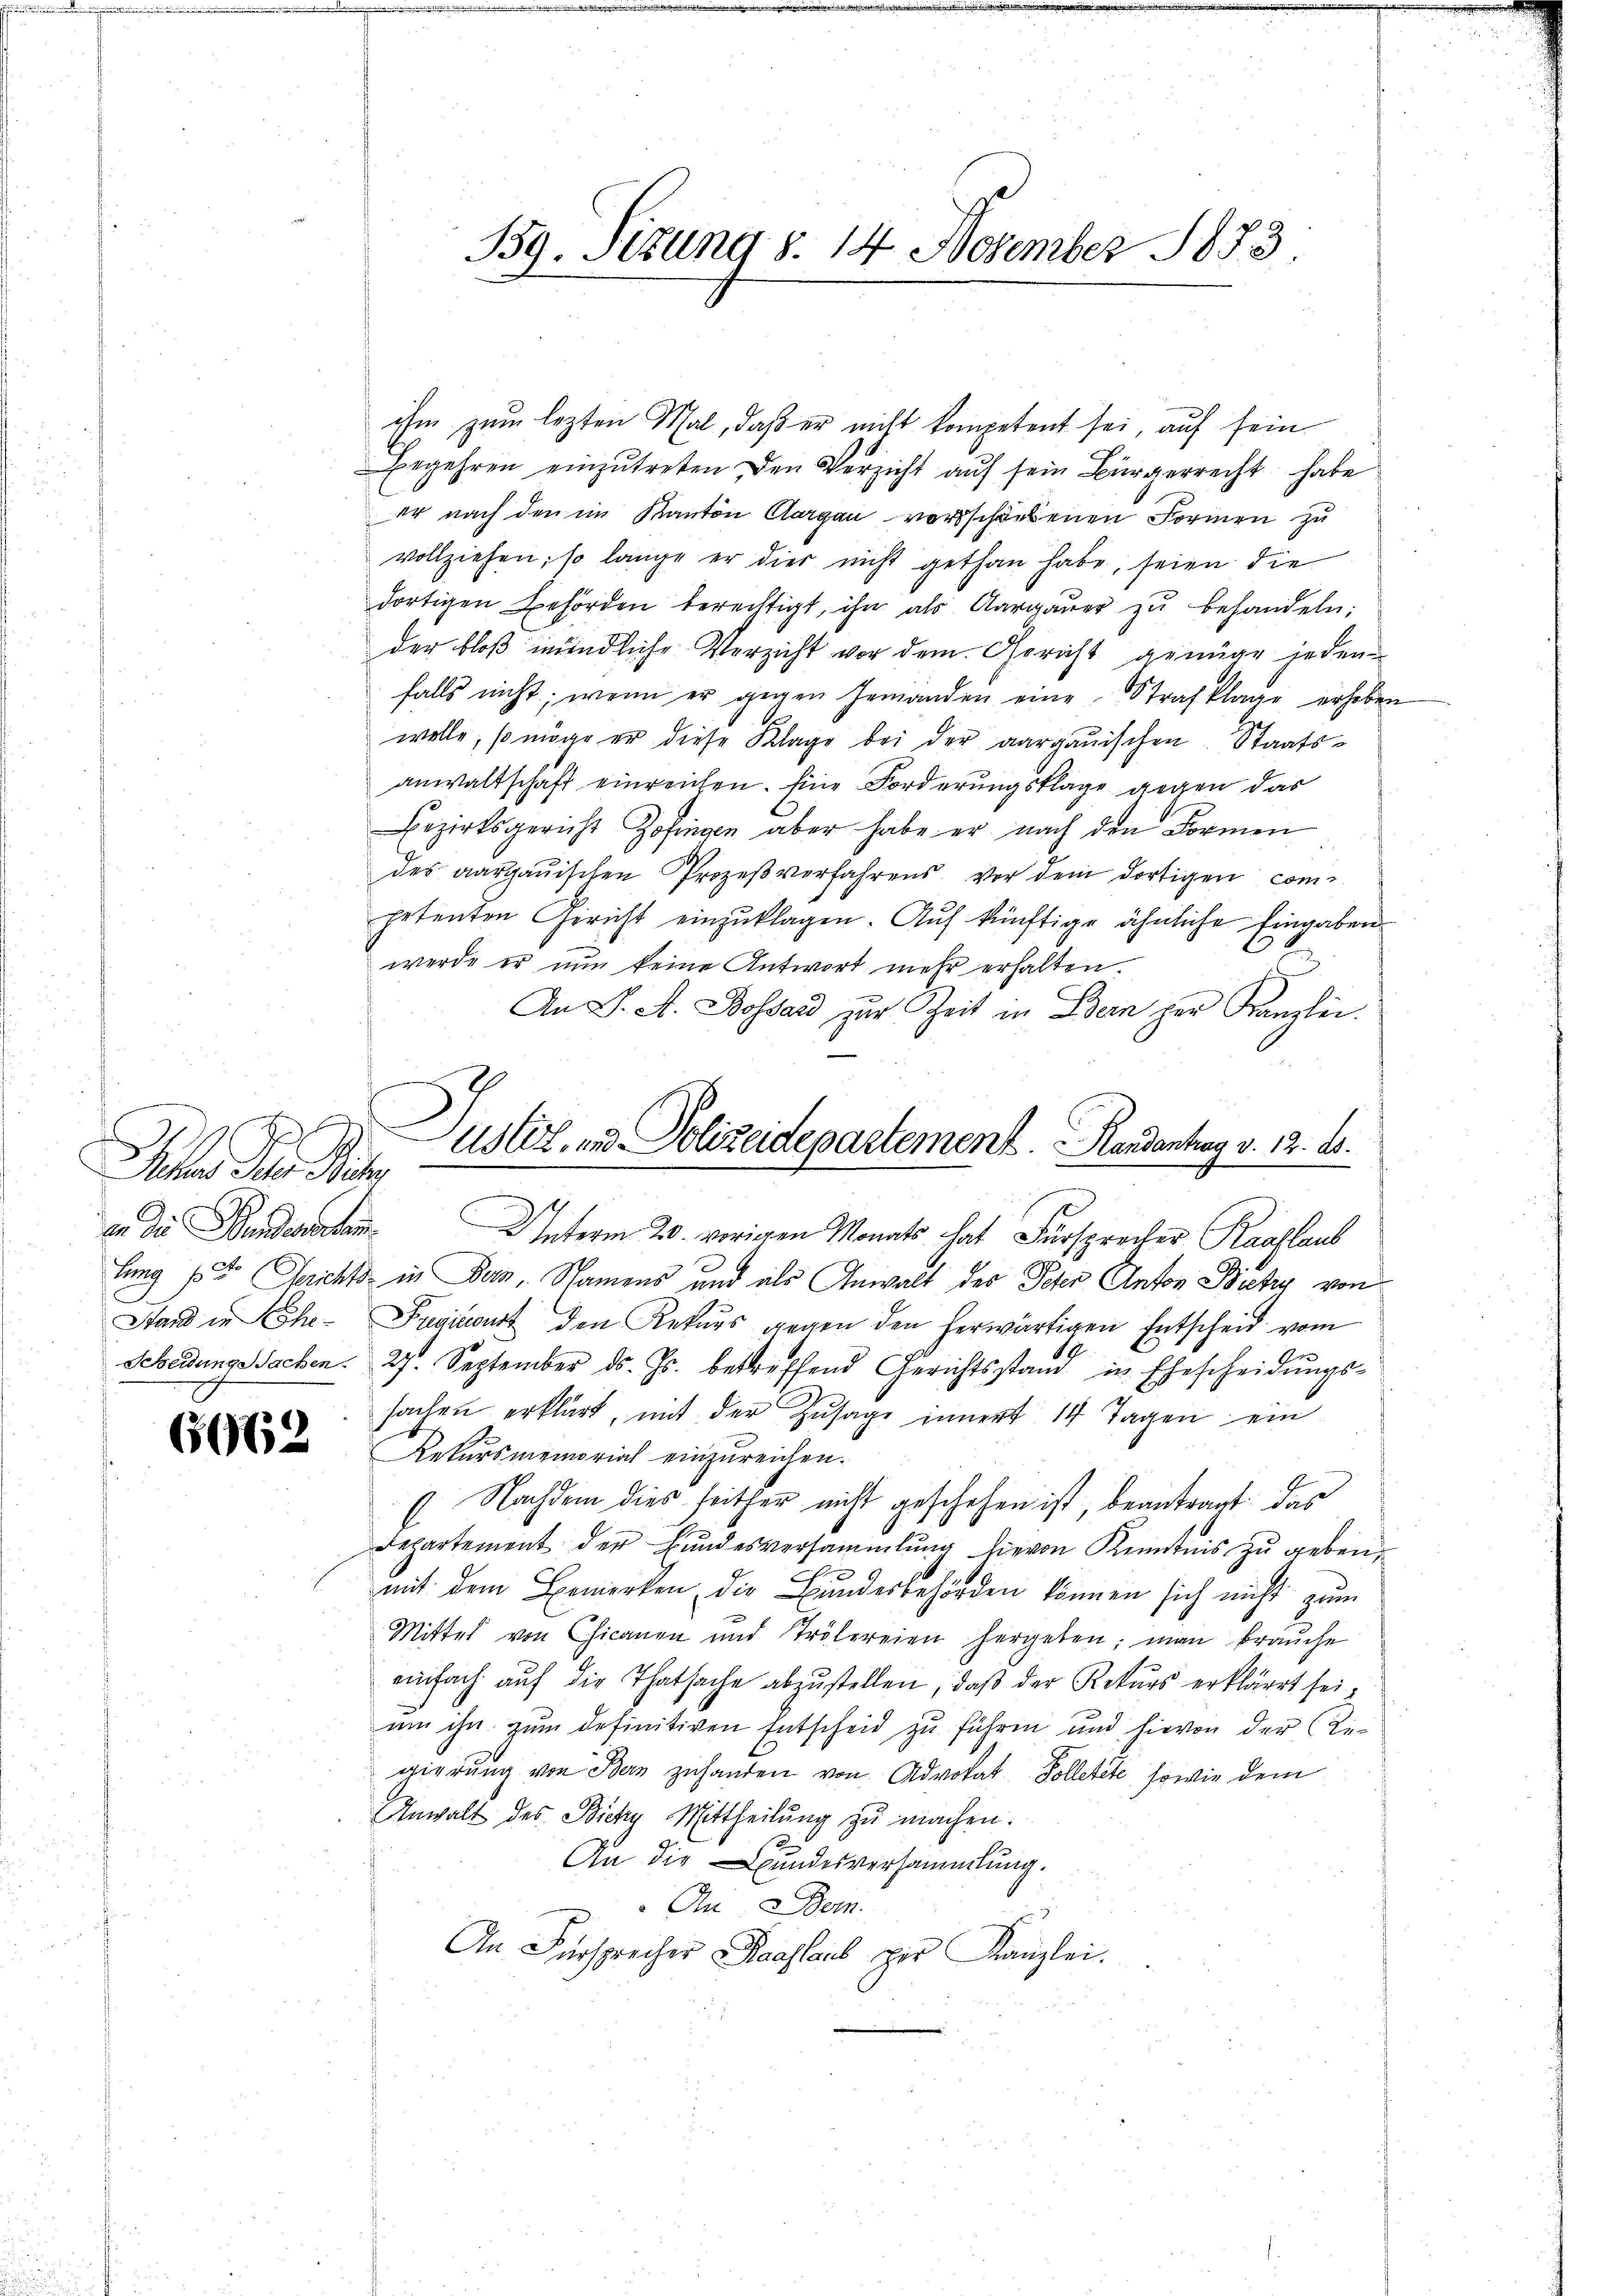
f
Iter der Rat

6962

ihm zum lezten Mal, daß er nicht kompetent sei, auf sein
Begehren einzutreten den Verzicht auf sein Bürgerrecht habe
er nach den im Kanton Aargau vorschärbenen Formen zu
vollziehen, so lange er dies nicht gethan habe, seien die
dortigen Behörden berechtigt, ihn als Aargaŭer zŭ behandeln;
der bloß mündliche Verzicht vor dem Gericht genüge jeden
falls nicht, wenn er gegen Gemanden eine Strafklage erhoben
wolle, so möge er diese Klage bei der aargauischen Staatsanwaltschaft einreichen. Eine Forderungsklage gegen das
Bezirksgericht Zofingen aber habe er nach den Formen
des aargauischen Prozeβverfahrens vor dem dortigen competenten Gericht einzuklagen. Auf künftige ähnliche Eingaben
werde er nun keine Antwort mehr erhalten.
An S. A. Bossard zur Zeit in Bern per Kanzlei.
Justiz- und Polizeidepartement.   Randantrag v. 13. ds.

B39. Sizung d. 14 November 1873.

lung ste Gerichts in Bern, Namens und als Anwalt des Peter Anton Zichy von
Stand in Ehe- Previcourt den Rekŭrs gegen den herwärtigen Entscheid vom
Scheidungssachen. 27. September ds. Js. betreffend Gerichtsstand in Ehescheidungssachen erklärt, mit der Zusage innert 14 Tagen ein
Rekursmemorial einzureichen.
" Nachdem dies seither nicht geschehen ist, beantragt das
b
Departement der Bundesversammlung hievon Kenntnis zu geben.
mit dem Bemerken die Bundesbehörden können sich nicht zum
Mittel von Chicanen und Trölereien hergeben; man brauche
einfach auf die Thatsache abzustellen, daß der Rekurs erkläret seium ihn zum definitiven Entscheid zu führen und hievon der Regierung von Bern zuhanden von Advokat Solletete, sowie dem
Anwalt des Biche Mittheilŭng zŭ machen.
An die Bundesversammlung.
An Bern.
An Fürsprecher Raaflaub per Kanzlei.

3
in die Bundenten Unterm 20. vorigen Monats hat Fürsprecher Raaflaub